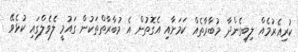
ކުރިއެރުމެއް ލިބިގެންދާ މުބާރާތެއް ކަމަށާއި އެގޮތުން އެ މުބާރާތްތަކުން ގައުމީ ލެވެލްގައި ކުޅެވޭ